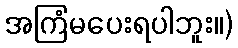
အကြံမပေးရပါဘူး။)